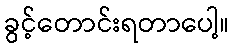
ခွင့်တောင်းရတာပေါ့။